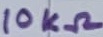
Text: 10KΩ